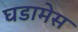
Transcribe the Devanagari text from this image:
घडामेस